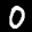
Label: 0